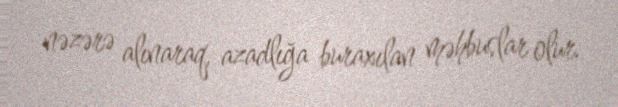
nəzərə alınaraq, azadlığa buraxılan məhbuslar olur.